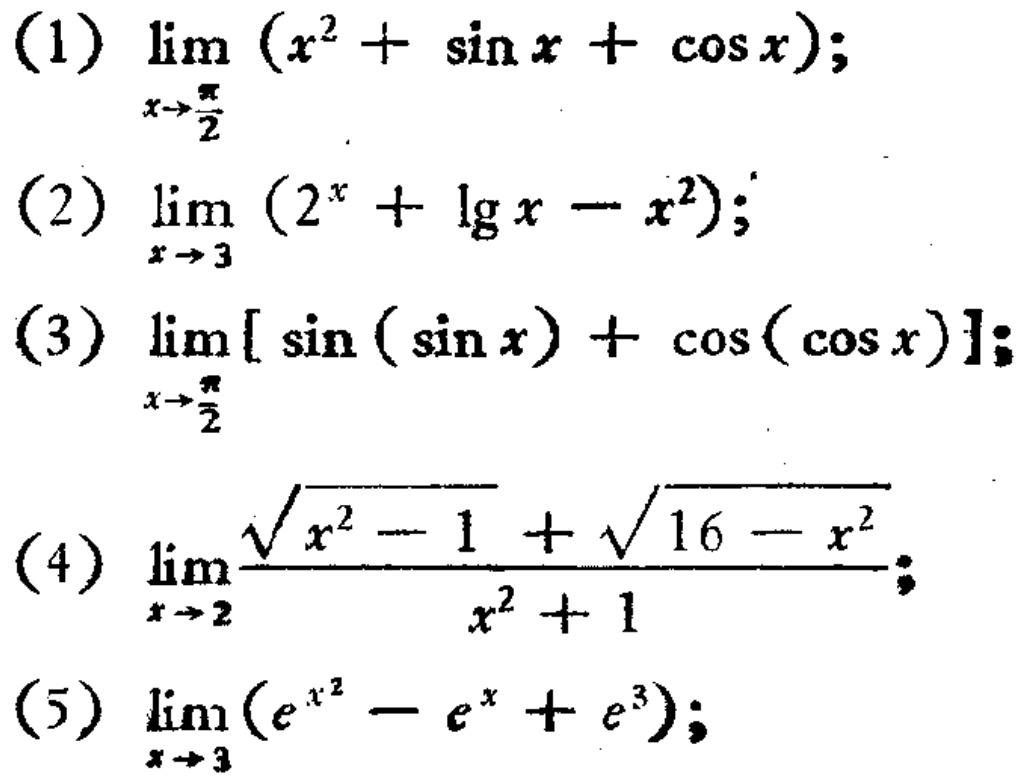
(1) \(\lim_{x \to \frac{\pi}{2}} (x^{2}+\sin x+\cos x)\);
(2) \(\lim_{x \to 3} (2^{x}+\lg x - x^{2})\);
(3) \(\lim_{x \to \frac{\pi}{2}}[\sin(\sin x)+\cos(\cos x)]\);
(4) \(\lim_{x \to 2}\frac{\sqrt{x^{2}-1}+\sqrt{16 - x^{2}}}{x^{2}+1}\);
(5) \(\lim_{x \to 3}(e^{x^{2}}-e^{x}+e^{3})\);